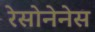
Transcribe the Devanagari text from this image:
रेसोनेनेस